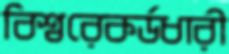
বিশ্বরেকর্ডধারী